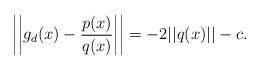
LaTeX: \begin{align*}\left|\left| g_d(x) - \frac{p(x)}{q(x)}\right|\right| = -2||q(x)|| -c.\end{align*}